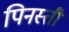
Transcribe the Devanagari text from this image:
पिनस्ती